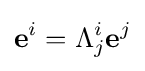
\mathbf {e} ^{i}=\Lambda _{j}^{i}\mathbf {e} ^{j}